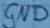
Text: GND